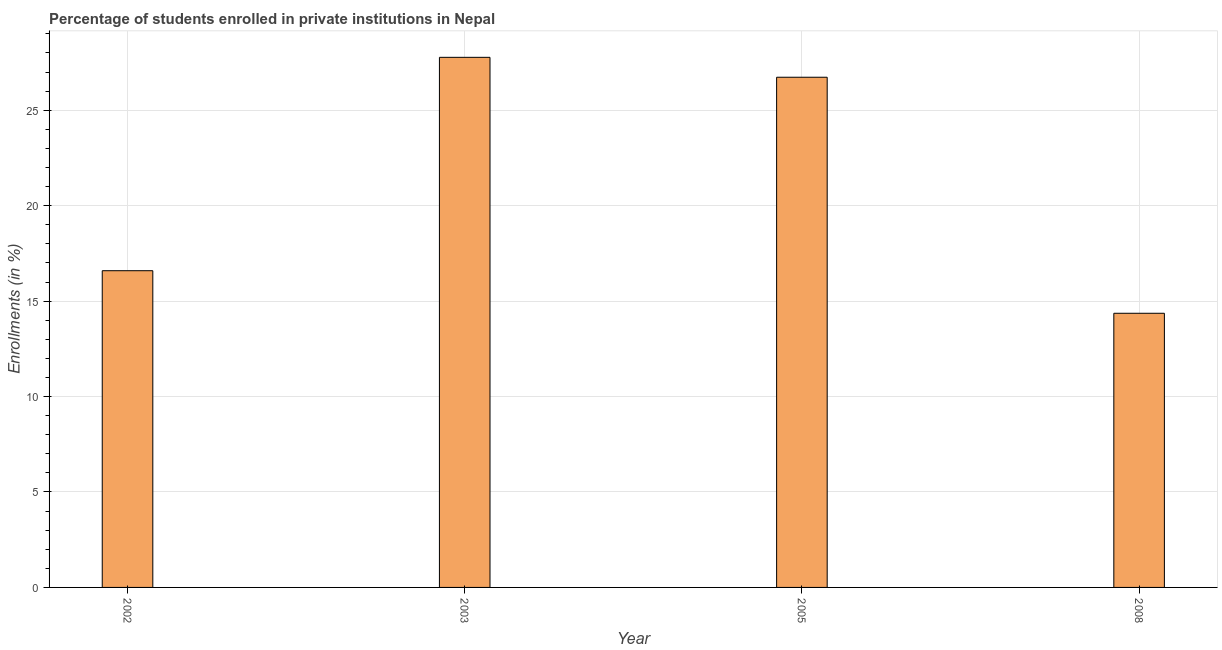
| Year | Enrollments |
 | --- | --- |
 | 2002 | 16.6 |
 | 2003 | 27.8 |
 | 2005 | 26.7 |
 | 2008 | 14.4 |